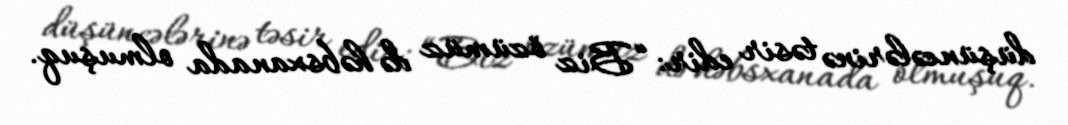
düşüncələrinə təsir edir: “Biz özümüz də həbsxanada olmuşuq.